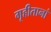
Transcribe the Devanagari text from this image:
गृहीतानां